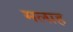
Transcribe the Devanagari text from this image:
मलाह